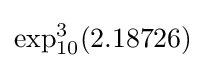
\exp _{10}^{3}(2.18726)